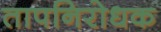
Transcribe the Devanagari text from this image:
तापनिरोधक